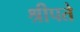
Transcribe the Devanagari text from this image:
श्रीपते